Medical and sanitary report of the native army of Bengal for the year
Year: 1878
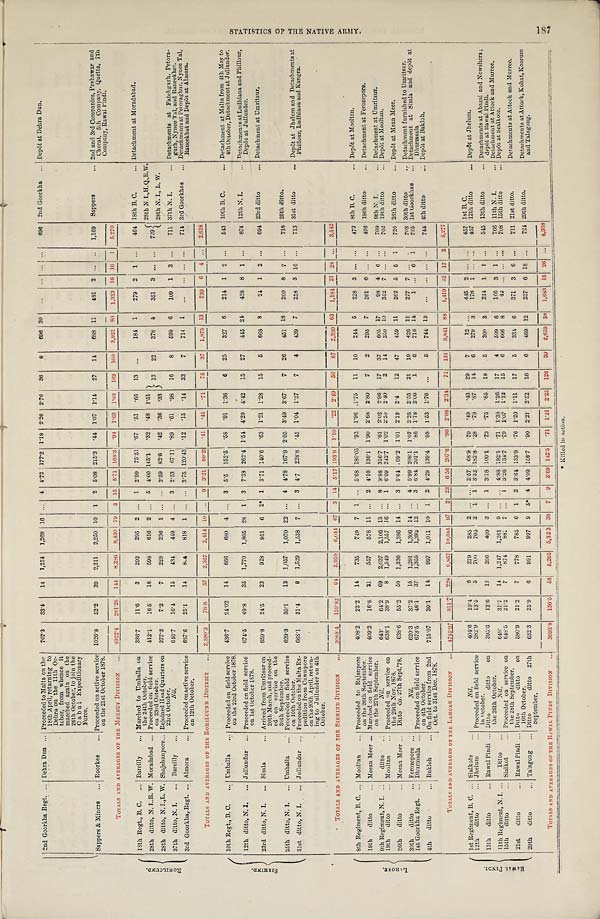
2nd Gorkha Regt. ... Dehra Dun ... Proceeded to Malta on the
18th April, returning to
Dehra on the 11th Oc-
tober, from whence it
marched again on the
26th October, to join the
Cabul Expeditionary
Force.
707.3 33.4 14 1,254 1,268 16
. . .
4 4.72 177.2
1 . 1 8 2.26 2.76 36 8 696 20
...
. . . ... ... 696 2nd Goorkha .. Depôt at Debra Dun.
Sappers & Miners ... Roorkee ... Proceeded on active service
on the 21st October 1878.
1026.8 52.2 39 2,211 2,250 10 1 2 5.08 215.3
. 4 4 1.07 1.14 27 14 688 11 481 2 ... ..
1 , 1 6 9 Sappers
... 2nd and 3rd Companies, Peshawar and
Cherat. 5th Company,Quetta, 7th
Company, Rawal Pindi.
TOTALS AND AVERAGES OF THE MEERUT DIVISION 4922.4 281.26 144 8,286 8,430 79 3 15 5.71 168.3 . 9 4 1.63 1.83 162 160 3,921 80 1,333 16 16 1 5,270
R O H I L C U N D .
18th Regt., B. C. ... Bareilly ... Marched to Umballa on
the 24th October.
386.7
11.6
3 292 295 2 ... 1 2.99 75.51 . 6 7
. 5 1
. 6 6 13 ...
184 1 279 2 1 ... 464 18th B. C.
... Detachment at Moradabad.
28th ditto, N. I..R. W. Moradabad ... Proceeded on field service
on 23rd October.
412.1
16.5 18 598 616 2 . . . 5 4.00 145.1
. 3 2
. 4 8 1.51 13 22 378 0 351 3 ... ... 729
28th N. I., H. Q., R.W.
28th ditto, N. I., L. W. Shajehanpore... Rejoined Head Quarters on
23rd October.
277.2
7.2
7 229 236 1 ... ... 2.59 82.6
. 4 2
. 3 6
. 3 3
28th N. I., L. W.
37th ditto, N. I. ... Bareilly ...
Nil.
646.7
16.4 15 434 449 4 ... 3 2.53 67.11 . 8 9
. 6 1
. 9 8 16 8 599 6 109 1 3 ... 711 37th N. I.
... Detachments at Fatehgurh, Petora-
gurh, Nynee Tal, and Raneekhet.
3rd Goorkha, Regt. ... Almora
Proceeded on active service
on 12th October.
667.6
25.1 14
8 0 4 818 1 . . . . . . 3.75 120.43 . 1 2
. 1 5
. 1 4 33 7 714 1
. . .
. . . ... ... 714 3rd Goorkhas ... Detachments at Petoraghur, Nynee Tal,
Raneekhet and Depôt at Almora.
TOTALS AND AVERAGRS OF THE ROHILCUND DISTRICT ... 2,390.3 76.8 57 2,357 2,414 10 . . . 9
3 . 2 1 90.23 . 4 1
. 4 1
. 7 1 75 37 1,875 13 739 6 4 . . . 2,618
S I R H I N D .
10th Regt., B. C. ... Umballa . . . Proceeded on field service
on the 23rd October 1878.
436.7
24.02 14 666 680 4 . . . 3 5.5 152.5
. 5 8
. 9 1 1.36 6 25 327 6 214 1 2 ... 543 10th B. C.
... Detachment at Malta from 4th May to
4th October, Detachment at Jullunder.
12th ditto, N. I. ... Jullundur ... Proceeded on field service
on 1st October 1878.
674.5
49.8 35 1,770 1,805 28 1 3 7.38 262.4 1.54 4.29 4.42 15 27 445 24 428 8 1 ... 874 12th N. I.
Detachments at Ludhiana and Phillour,
Depôt at Jullunder.
23rd ditto, N. I. ... Simla
... Arrived from Umritsur on
20th March, and proceed-
ed on service on the
30th September.
659.8
24.5 23 928 951 6 2* 1 3.71 140.6
. 6 3 1.21 1.028 15 5 668 8
24 1 2 ... 694 23rd ditto
... Detachment at Umritsur.
25th ditto, N. I. ... Umballa ... Proceeded on field service
on 10th October.
629.3
30.1 13 1,057 1,070 22 . . . 4 4.78 167.9 2.05 3.49 3.67 7 26 451 18 260 8 7 ... 718 25th ditto.
31st ditto, N. I. ... Jullundur ... Proceeded on the Malta Ex-
pedition from Cawnpore
on the 20th April, return-
ing to Jullunder on 4th
October.
668.1
31.4
9 1,529 1,538 7 ... 3 4.7 228.8
. 4 5 1.04 1.37 7 4 439 7 258 3 16 ... 713 31st ditto
... Depôt at Jhelum and Detachments at
Phillour, Ludhiana and Kangra.
TOTALS AND AVERAGES OF THE SIRHIND DIVISION
3068.4 159.82 94 5.950 6,044 67 3 14 5.17 193.9 1.10
. 2 2 2.49
5 0 87 2,330 63 1,184 21 28 . . . 3,542
L A H O R E .
8th Regiment, B. C. ... Mooltan ... Proceeded to Rajanpore
on the 26th September.
408.2 23.2 14 735 749 7 1 ... 5.68 180.05 . 9 3 1.96 1.75 11 10 244 5 228 3 ... ... 472 8th B. C.
... Depôt at Mooltan.
19th ditto
... Meean Meer ... Marched on field service
on the 27th September.
409.2 16.8 21 557 578 11 ... 2 4.10 136.1 1.90 2.68 2.80 7 2 295 7 201 6 ... ... 496 19th ditto
... Detachment at Ferozepore.
9th Regiment, N. I. .... ditto ...
Nil.
643.
64.2 69 2,037 2,106 13 ... 8 9.98 316.7
. 6 1 2.02 2.96 17 37 605 17
9 8 4 6 ... 709 9th N. I. ... Detachment at Umritsur.
19th ditto
... Mooltan ... Proceeded on service on
the 29th Nov. 1878.
638.1 38.9 8 1,549 1,557 16 ... 1 6.09 242.7 1.02 2.50 2.40 2 14 350 10 353 7 ... ... 702 19th ditto
... Depôt at Mooltan.
26th ditto
... Meean Meer ... Ditto do. 27th Sept. 78. 638.6 55.2 50 1,336 1,386 14 ... 3 8.64 09.2
1 . 0 1 2.19 2.4
12 47 459 11 262 5 5 1 726 26th ditto
... Depôt at Mean Meer.
30th ditto
... Ferozepore ..:
Nil.
620.3 37.2 15 1,291 1,306 14 ... 4 5.99 208.1 1.07 2.25 2.55 21 10 426 11 277 7 ... . . . 703 30th ditto
.. Detachment furnished to Umritsur.
1st Goorkha Regt. ... Dhurmsala ... Proceeded on field service
on 4th October.
673.5 46.1 37 1,355 1,392 12 ... 3 6.84 201.1
. 8 6 1.78 2.06 1 6 718 14
1 ... 6 1 726 1st Goorkhas ... Detachment at Simla and depôt at
Dhurmsala
4th ditto
... Bukloh ... On field service from 2nd
Oct. to 31st Dec. 1878.
715.07 30.1 14 997 1,011 10 1 2 4.29 139.4
. 9 8 1.53 1.76 ...
5 744 13 ...
. . . ... ... 744 4th ditto
... Depôt at Bakloh.
TOTALS AND AVERAGES OF THE LAHORE DIVISION ... 4745.97 311.7 228 9,857 19,085 97 2 23 6.56 207.6 .96 2.08
2 . 3 4 71 131 3,841 88 1,419 32 17 2 5,277
R A W A L P I N D I .
1st Regiment, B. C. ... Sialkote
Nil.
404.6 10.4 6 279 285 2 ... ... 2.57 68.9 .70
. 4 9
. 4 3 29 7
12 ... 445 2 ... ... 457 1st B. C.
12th ditto Jhelum ... Proceeded on field service
i n O c t o b e r .
382.9 13.5 5 700 705 2 1 1 3.52 182.8
. 2 8
. 7 8
. 8 7 14 6 279 3 178 1 ... ... 457 12th ditto
... Depôt at Jhelum.
13th ditto
... Rawal Pindi ... Ditto ditto on
the 26th October.
395.6 12.6 13 396 409 3 ... 1 3.18 100.1
. 7 3 . 7 5
. 8 5 18 5 300 3 244 1 1 ... 545 13th ditto
... Detachments at Abazai and Nowshera;
depôt at Rawal Pindi.
11th Regiment, N. I. ... D i t t o
Nil.
649.
31.7 14 1,247 1,261 9 . . . . . . 4.88 192.1
. 7 1 1.38 1.26 17 4 599 6 166 3 1 ... 766 11th N. I.
... Detachment at Attock and Murree.
15th ditto
... Sialkot
... Proceeded on service on
the 28th September.
648.5 21.2 7 874 881 7 ... 1 3.26 134.7
. 7 9
1 . 0 7 1.12 15 6 666 8
42 ... ... ... 708 15th ditto
... Depôt at Sealkote.
21st ditto
... Rawal Pindi . . . Ditto
ditto on 16th October. 580.9 21.2 7 778 785 6 1 2 3.61 133.9
. 7 6 1.20 1.11 17
5 334 6 371 3 6 ... 711 21st ditto.
Detachments at Attock and Murree.
29th ditto
... Talagong . . . Ditto
ditto 27th
September.
632.3 25.9 6 991 997 9 5* 4 4.09 156.7
. 9 0 2.21 2.52 16 6 469
237 6 18 ... 724 29th ditto.
Detachments at Attock, Kohat, Koorum
and Talagong.
TOTALS AND AVERAGES OF THE RAWAL PINDI DIVISION
. . . 3693.8 136.5 58 5,265 5,323 38 7 9 3.69 142.5
. 7 1 1.21 2.25 126 39 2,659 38 1,683 16 26 ... 4,368
* K i l l e d i n a c t i o n .
S T A T I S T I C S O F T H E N A T I V E A R M Y . 1 8 7